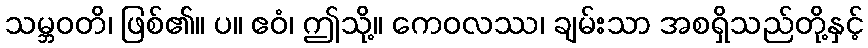
သမ္ဘဝတိ၊ ဖြစ်၏။ ပ။ ဧဝံ၊ ဤသို့။ ကေဝလဿ၊ ချမ်းသာ အစရှိသည်တို့နှင့်